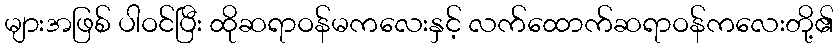
များအဖြစ် ပါဝင်ပြီး ထိုဆရာဝန်မကလေးနှင့် လက်ထောက်ဆရာဝန်ကလေးတို့၏